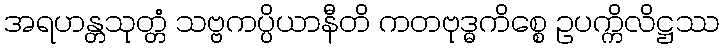
အရဟန္တသုတ္တံ သဗ္ဗကပ္ပိယာနီတိ ကတဗုဒ္ဓကိစ္စေ ဥပက္ကိလိဋ္ဌဿ